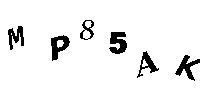
MP85AK